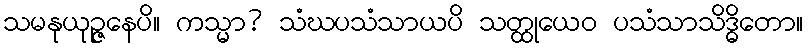
သမနုယုဉ္ဇနေပိ။ ကသ္မာ? သံဃပသံသာယပိ သတ္ထုယေဝ ပသံသာသိဒ္ဓိတော။